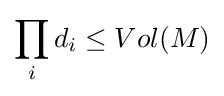
\prod _{i}d_{i}\leq Vol(M)